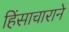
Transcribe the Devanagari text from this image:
हिंसाचाराने